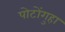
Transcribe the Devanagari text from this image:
पोटोंगुहा